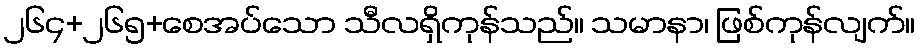
၂၆၄+၂၆၅+စေအပ်သော သီလရှိကုန်သည်။ သမာနာ၊ ဖြစ်ကုန်လျက်။